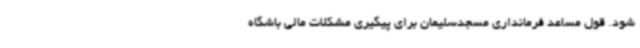
شود. قول مساعد فرمانداری مسجدسلیمان برای پیگیری مشکلات مالی باشگاه